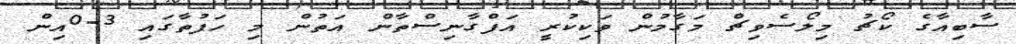
ސާބިއާގެ ކޯޗު މިލޯސެވިޗް މަގާމުން ވަކިކުރީ އަފްގާނިސްތާން އަތުން މި ހަފުތާގައި 3-0އިން